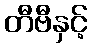
တီဗီနှင့်